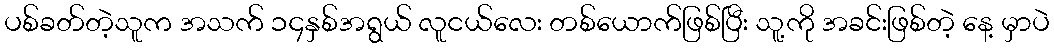
ပစ်ခတ်တဲ့သူက အသက် ၁၄နှစ်အရွယ် လူငယ်လေး တစ်ယောက်ဖြစ်ပြီး သူ့ကို အခင်းဖြစ်တဲ့ နေ့ မှာပဲ